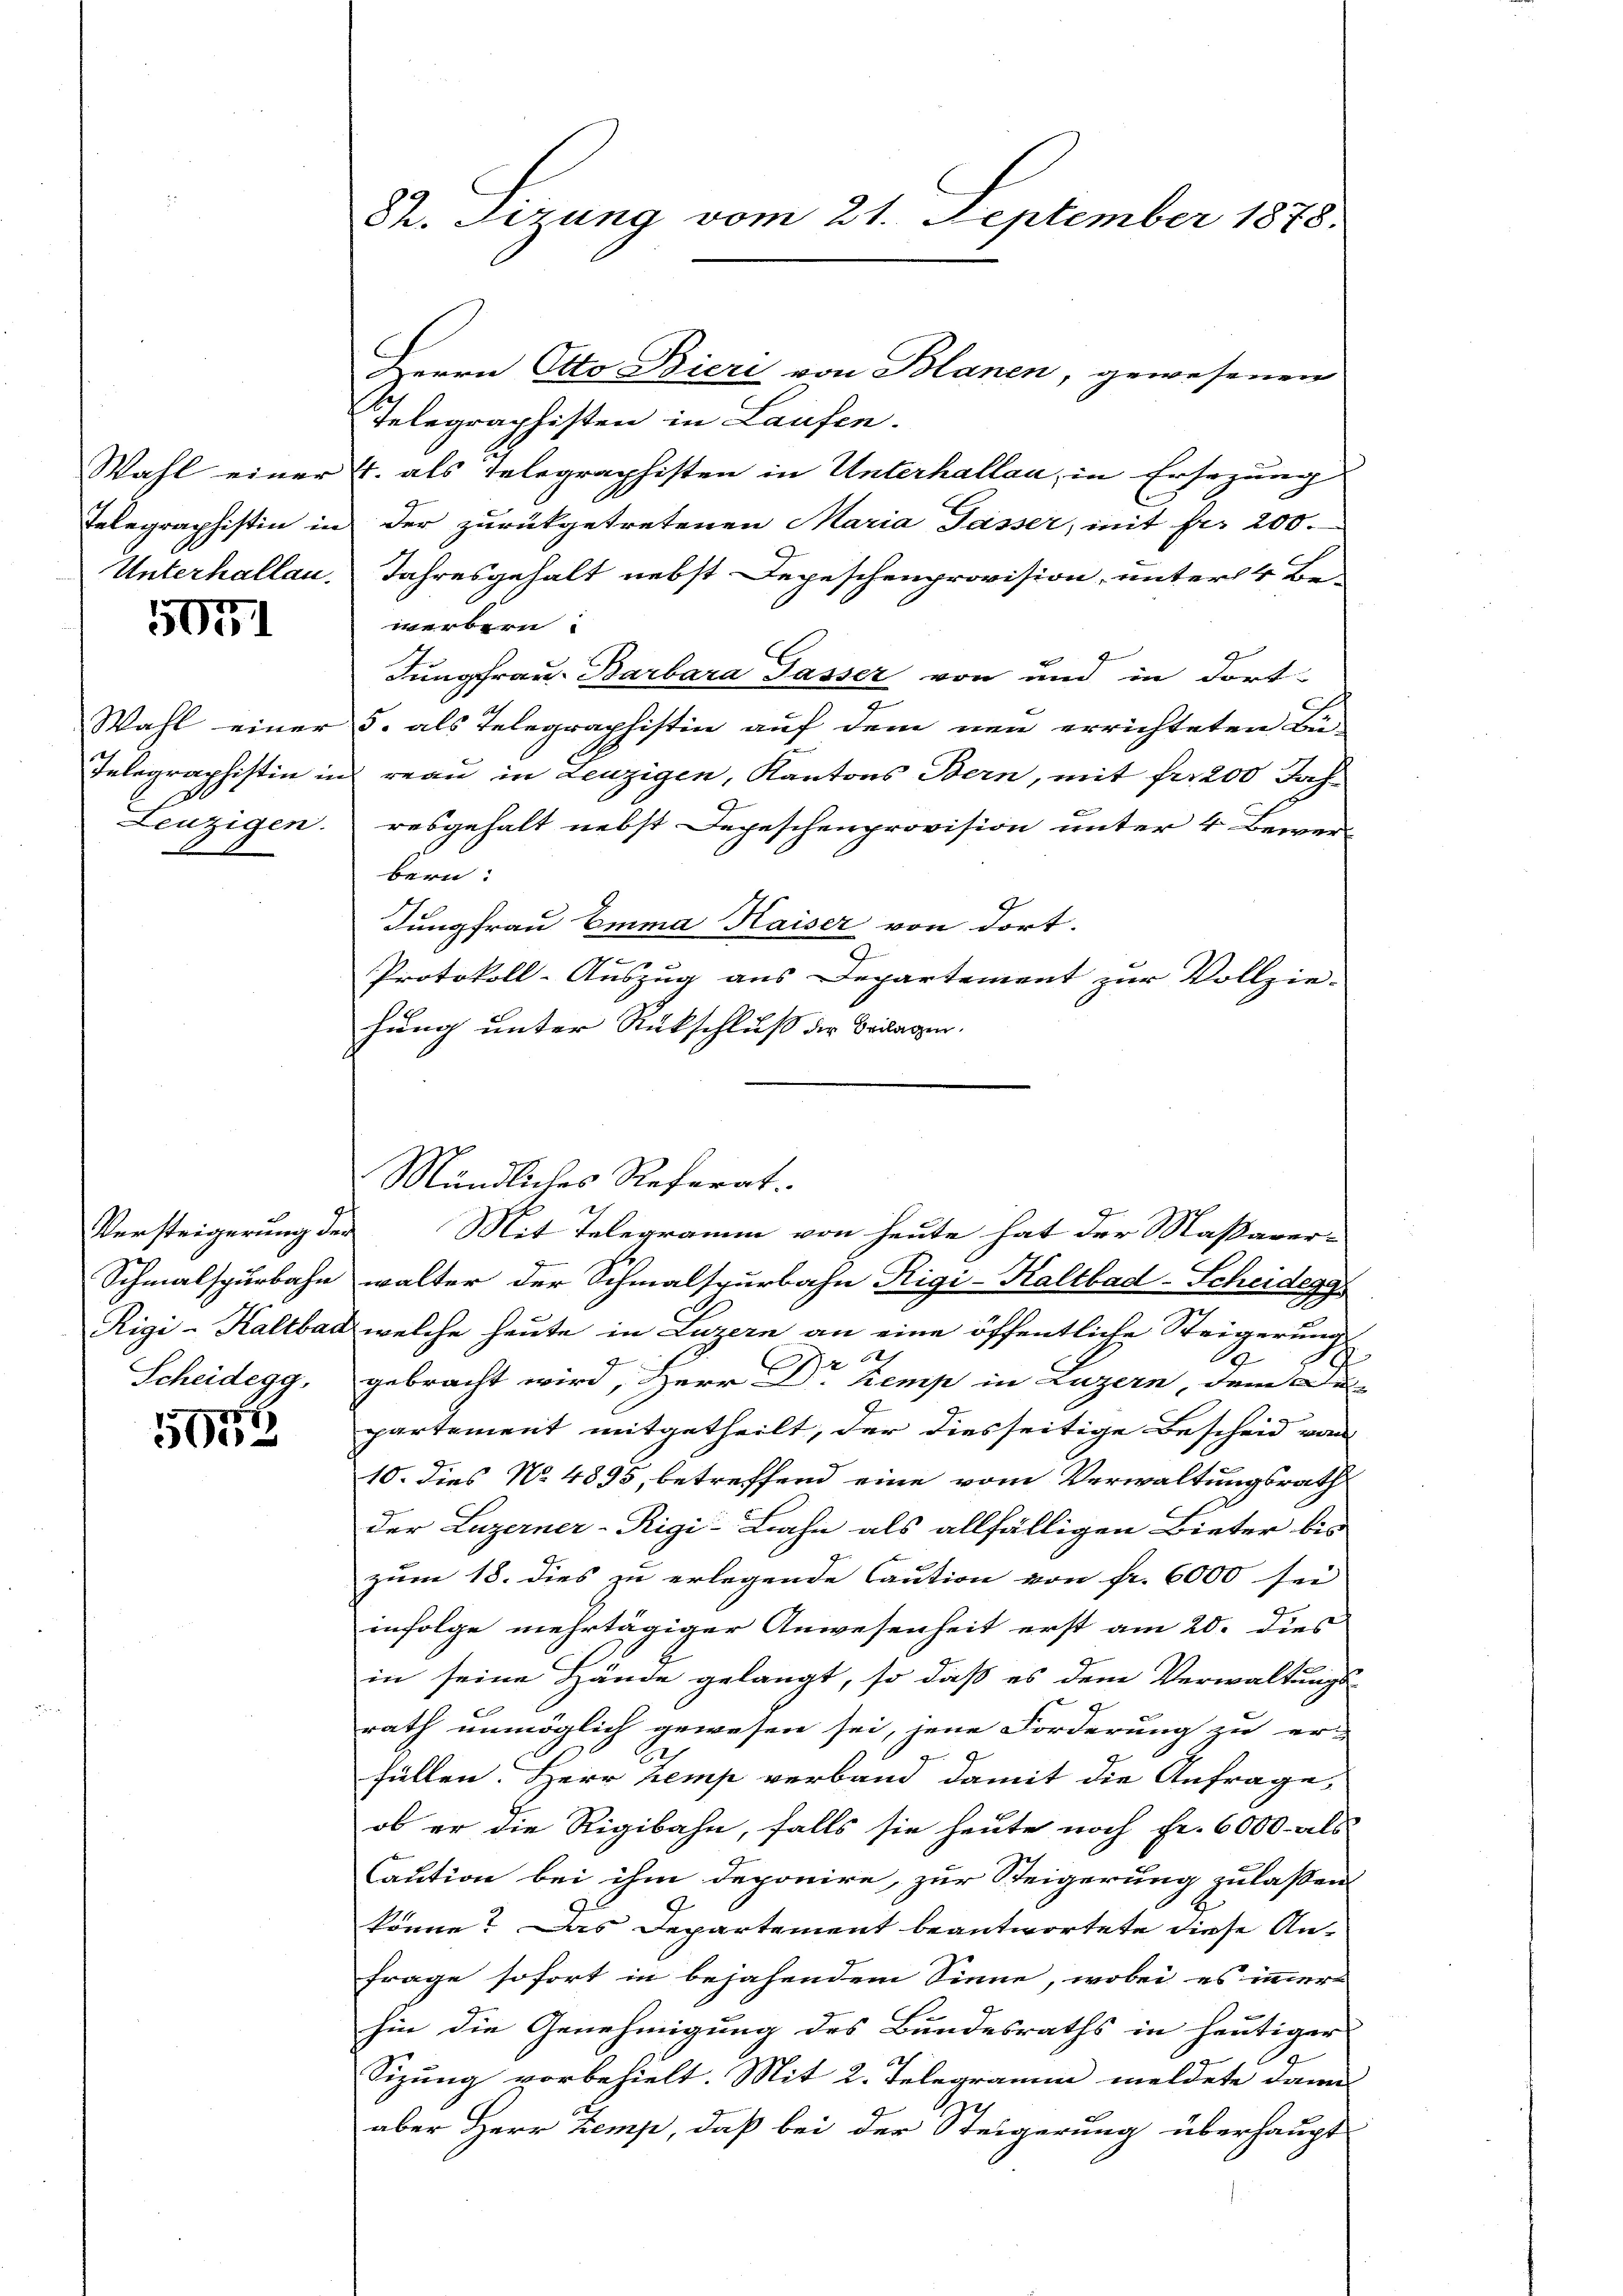
Wahl einer
Telegraphistin in
Unterhallen.

5071

Wahl einer
Telegraphistin in
Leuzigen.

Versteigerung der
Scheidegg,

5972

82. Sizung vom 21. September 1878.

Herrn Otto Bieri von Blanen, gewesenen
Telegraphisten in Laufen.
4. als Telegraphisten in Unterhallau, in Ersezung
der zurückgetretenen Maria Tasser, mit fer 200.
Jahresgehalt nebst Depeschenprovision, unter 4 Be-
werbern.
Jungfrau. Barbara Tasser von und in Fort-
5. als Telegraphistin auf dem neu errichteten Be-
i reau in Leuzigen, Kantons Bern, mit fr. 200 Jahr
resgehalt nebst Depeschenprovision unter 4 Bewerbern:
Jungfrau Emma Kaiser von dort.
g
n
Protokoll-Auszug aus Departement zur Vollzie-
hung unter Rückschluß der Beilagen.
Mündliches Referat.
Mit Telegramm von heute hat der Massaver¬
Schmalspurbahn walter der Schmalspurbahn Rigi-Kaltbad-Scheidegg
Rigi-Kaltbar, welche heute in Luzern an eine öffentliche Steigerung
x
J
gebracht wird, Herr Dr Kemp in Luzern, dem De-
partement mitgetheilt, der diesseitige Bescheid von
10. dies No 4895, betreffend eine vom Verwaltungsrath
der Luzerner-Rigi-Bahn als allfälligen Bieter bis
zum 18. dies zu erlegende Caution von fr. 6000 sei
infolge mehrtägiger Anwesenheit erst am 20. dies
in seine Hände gelangt, so daß es dem Verwaltungs-
rath unmöglich gewesen sei, jene Forderung zu er-
.
füllen. Herr Kemp verband damit die Anfrage,
ob er die Rigibahn, falls sie heute noch Fr. 6000 als
Caution bei ihm deponire, zur Steigerung zulaßen
könne? Das Departement beantwortete diese An-
frage sofort in bejahendem Sinne, wobei es immer
hin die Genehmigung des Bundesraths in heutiger
Sizung vorbehielt. Mit 2. Telegramm meldete dann
aber Herr Zemp, daß bei der Steigerung überhaupt